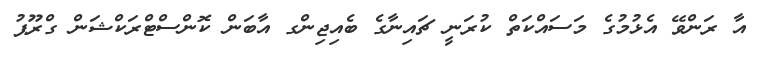
އާ ރަންވޭ އެޅުމުގެ މަސައްކަތް ކުރަނީ ޗައިނާގެ ބެއިޖިންގ އާބަން ކޮންސްޓްރަކްޝަން ގްރޫޕު